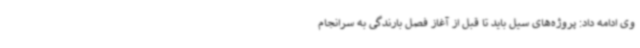
وی ادامه داد: پروژه‌های سیل باید تا قبل از آغاز فصل بارندگی به سرانجام